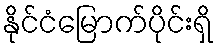
နိုင်ငံမြောက်ပိုင်းရှိ